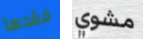
فقدها مشوي